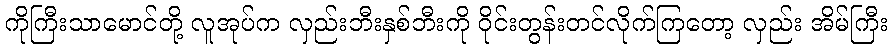
ကိုကြီးသာမောင်တို့ လူအုပ်က လှည်းဘီးနှစ်ဘီးကို ဝိုင်းတွန်းတင်လိုက်ကြတော့ လှည်း အိမ်ကြီး